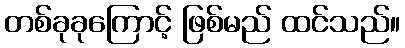
တစ်ခုခုကြောင့် ဖြစ်မည် ထင်သည်။